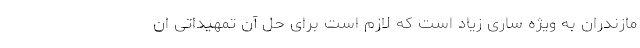
مازندران به ویژه ساری زیاد است که لازم است برای حل آن تمهیداتی ان